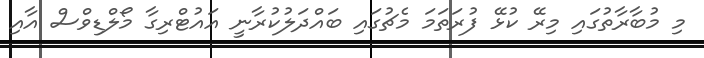
މި މުބާރާތުގައި މިރޭ ކުޅޭ ފުރަތަމަ މެޗުގައި ބައްދަލުކުރާނީ އައުޓްރިގާ މޯލްޑިވްސް އާއި